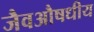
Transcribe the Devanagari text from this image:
जैवऔषधीय